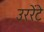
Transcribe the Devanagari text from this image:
उररेंटे